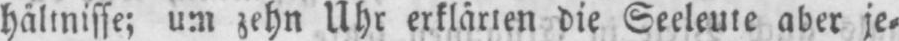
hältnisse; um zehn Uhr erklärten die Seeleute aber je⸗